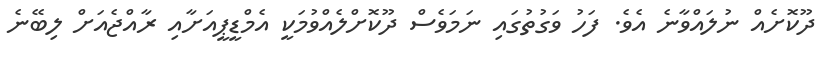
ދޫކޮށެއް ނުލައްވާނެ އެވެ. ފަހު ވަގުތުގައި ނަމަވެސް ދޫކޮށްލެއްވުމަކީ އެމްޑީީޕީއަށާއި ރާއްޖެއަށް ލިބޭނެ